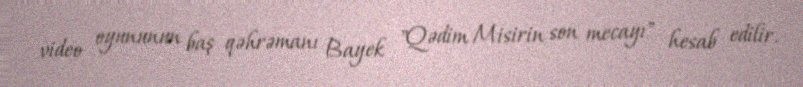
video oyununun baş qəhrəmanı Bayek "Qədim Misirin son mecayı" hesab edilir.